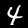
Label: 4